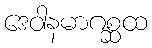
ဒေဝါနမာဂစ္ဆထ